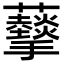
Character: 𧅩